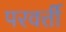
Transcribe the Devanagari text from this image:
परवर्त्ती